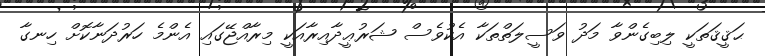
ޙަޤީޤަތަކީ ލިބިގެންވާ މަދު ވަސީލަތްތަކާ އެކުވެސް ޝަރުޢީދާއިރާއަކީ މިރާއްޖޭގައި އެންމެ ހަރުދަނާކޮށް ހިނގާ